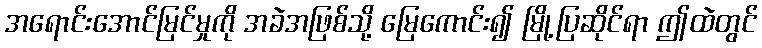
အရောင်းအောင်မြင်မှုကို အခဲအဖြစ်သို့ မြေကောင်း၍ မြို့ပြဆိုင်ရာ ဤထဲတွင်